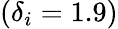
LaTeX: (\delta_{i}=1.9)